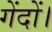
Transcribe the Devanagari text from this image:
गेंदों।